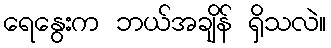
ရေနွေးက ဘယ်အချိန် ရှိသလဲ။